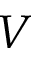
V